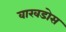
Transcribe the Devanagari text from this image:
वारवडोस